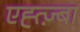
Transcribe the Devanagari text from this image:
एह्त्ज़्बा